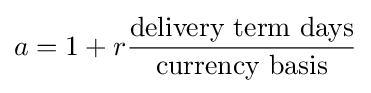
a=1+r{\frac {\text{delivery term days}}{\text{currency basis}}}